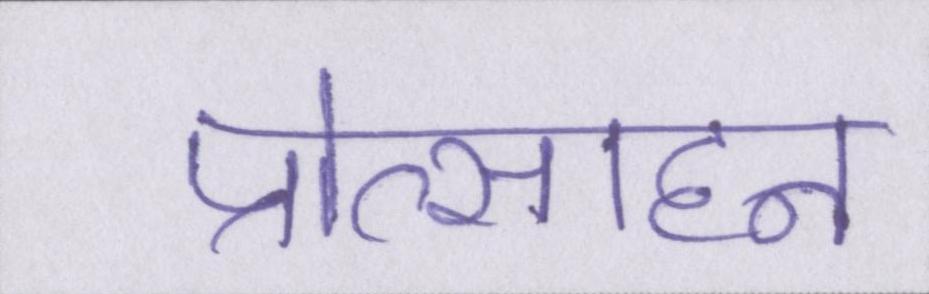
प्रोत्साहन